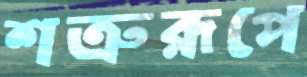
শত্রুরূপে